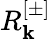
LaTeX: R_{\mathbf{k}}^{[\pm]}